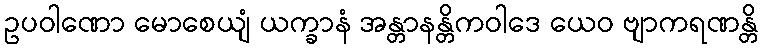
ဥပဝါဏော မောစေယျံ ယက္ခာနံ အန္တာနန္တိကဝါဒေ ယေဝ ဗျာကရဏန္တိ